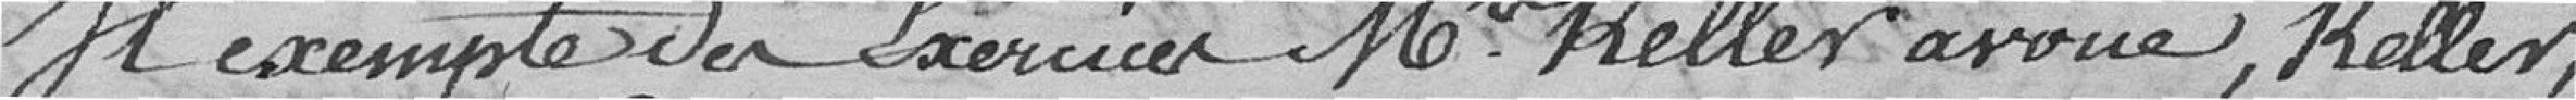
Il exempte de l'exercice Monsieur Keller avoué, Keller,